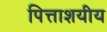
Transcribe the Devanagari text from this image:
पित्ताशयीय